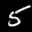
Label: 5